Lunatic asylums in Bengal annual reports 1888-1898 - 1888-1898
Year: 1888
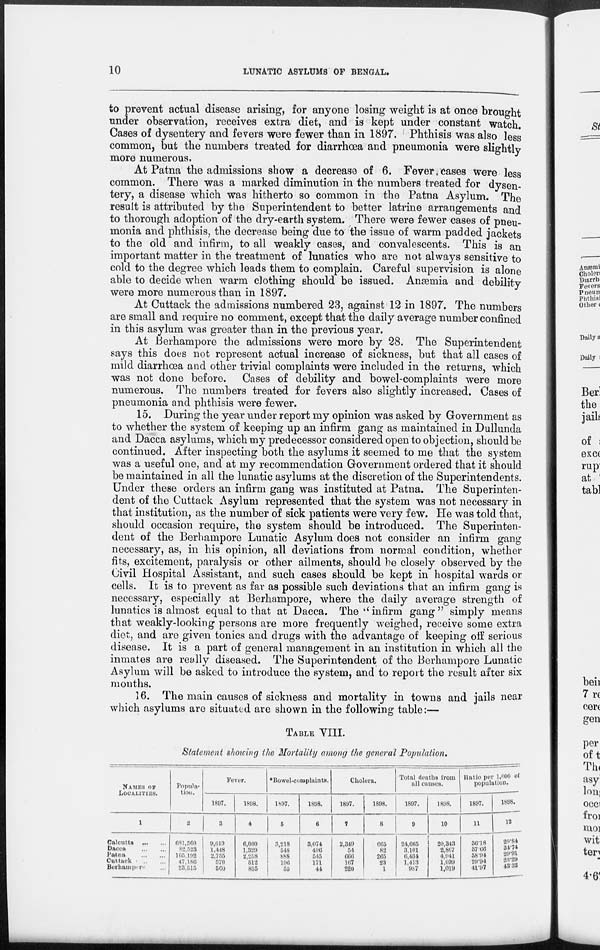
10
LUNATIC ASYLUMS OF BENGAL.
to prevent actual disease arising, for anyone losing weight is at once brought
under observation, receives extra diet, and is kept under constant watch.
Cases of dysentery and fevers were fewer than in 1897. Phthisis was also less
common, but the numbers treated for diarrhœa and pneumonia were slightly
more numerous.
At Patna the admissions show a decrease of 6. Fever cases were less
common. There was a marked diminution in the numbers treated for dysen-
tery, a disease which was hitherto so common in the Patna Asylum. The
result is attributed by the Superintendent to better latrine arrangements and
to thorough adoption of the dry-earth system. There were fewer cases of pneu-
monia and phthisis, the decrease being due to the issue of warm padded jackets
to the old and infirm, to all weakly cases, and convalescents. This is an
important matter in the treatment of lunatics who are not always sensitive to
cold to the degree which leads them to complain. Careful supervision is alone
able to decide when warm clothing should be issued. Anæmia and debility
were more numerous than in 1897.
At Cuttack the admissions numbered 23, against 12 in 1897. The numbers
are small and require no comment, except that the daily average number confined
in this asylum was greater than in the previous year.
At Berhampore the admissions were more by 28. The Superintendent
says this does not represent actual increase of sickness, but that all cases of
mild diarrhœa and other trivial complaints were included in the returns, which
was not done before. Cases of debility and bowel-complaints were more
numerous. The numbers treated for fevers also slightly increased. Cases of
pneumonia and phthisis were fewer.
15. During the year under report my opinion was asked by Government as
to whether the system of keeping up an infirm gang as maintained in Dullunda
and Dacca asylums, which my predecessor considered open to objection, should be
continued. After inspecting both the asylums it seemed to me that the system
was a useful one, and at my recommendation Government ordered that it should
be maintained in all the lunatic asylums at the discretion of the Superintendents.
Under these orders an infirm gang was instituted at Patna. The Superinten-
dent of the Cuttack Asylum represented that the system was not necessary in
that institution, as the number of sick patients were very few. He was told that,
should occasion require, the system should be introduced. The Superinten-
dent of the Berhampore Lunatic Asylum does not consider an infirm gang
necessary, as, in his opinion, all deviations from normal condition, whether
fits, excitement, paralysis or other ailments, should be closely observed by the
Civil Hospital Assistant, and such cases should be kept in hospital wards or
cells. It is to prevent as far as possible such deviations that an infirm gang is
necessary, especially at Berhampore, where the daily average strength of
lunatics is almost equal to that at Dacca. The “infirm gang” simply means
that weakly-looking persons are more frequently weighed, receive some extra
diet, and are given tonics and drugs with the advantage of keeping off serious
disease. It is a part of general management in an institution in which all the
inmates are really diseased. The Superintendent of the Berhampore Lunatic
Asylum will be asked to introduce the system, and to report the result after six
months.
16. The main causes of sickness and mortality in towns and jails near
which asylums are situated are shown in the following table:—
TABLE VIII.
Statement showing the Mortality among the general Population.
NAMES OF
LOCALITIES
1
Calcutta
...
...
Dacca ... ...
Patna
...
...
Cuttack ... ...
Borhampore
...
Popula-
tion.
2
681,560
82,523
165, 192
47,186
23,515
Fever.
1897.
3
9,619
1,418
2,755
579
560
1898.
4
6,060
1,329
2,258
512
835
*Bowel-complaints.
1897.
5
3,218
548
888
196
55
1898.
6
3,074
496
545
171
44
Cholera.
1897.
7
2,349
54
666
167
220
1898.
8
665
82
265
23
1
Total deaths from
all causes.
1897.
9
24,665
3,101
6,434
1,413
987
1898.
10
20,343
2,867
4,941
1,099
1,019
Ratio per 1,000 of
population.
1897.
11
36.18
37.66
38.94
29.94
41.97
1898.
12
29.84
34.74
29.91
23.29
43.33